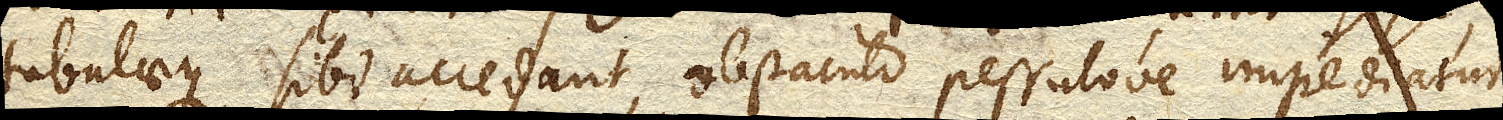
tabulaeque sibi accedant, obstaculo pessulove impediatur.